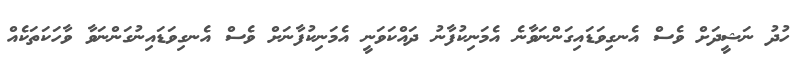
ހުދު ނަޝީދަށް ވެސް އެނގިވަޑައިގަންނަވާނެ އެމަނިކުފާނު ދައްކަވަނީ އެމަނިކުފާނަށް ވެސް އެނގިވަޑައިނުގަންނަވާ ވާހަކަތަކެއް